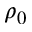
\rho _ { 0 }